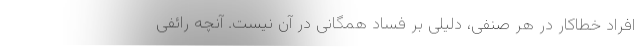
افراد خطاکار در هر صنفی، دلیلی بر فساد همگانی در آن نیست. آنچه رائفی